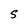
Character: S